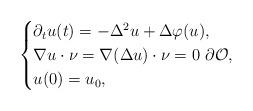
LaTeX: \begin{align*}\begin{cases}\partial_t u(t) = - \Delta^2 u + \Delta \varphi(u), \\\nabla u \cdot \nu = \nabla(\Delta u)\cdot \nu = 0 \ \partial\mathcal{O} , \\u(0) = u_0,\end{cases}\end{align*}